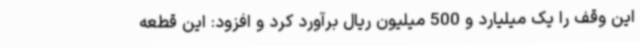
این وقف را یک میلیارد و 500 میلیون ریال برآورد کرد و افزود: این قطعه